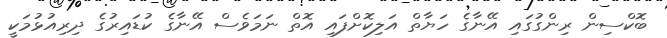
ބޮކްސިން ރިންގުގައި އޭނާގެ ހަޔާތް އަލިކޮށްފައި އޮތް ނަމަވެސް އޭނާގެ ކުޑައިރުގެ ދިރިއުޅުމަކީ